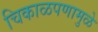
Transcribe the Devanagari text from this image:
चिकाळपणामुळे